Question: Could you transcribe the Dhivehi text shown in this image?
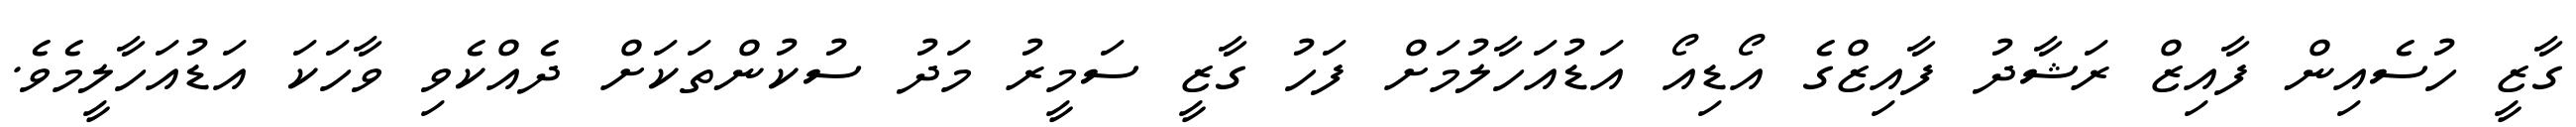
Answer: ގާޒީ ހުސެއިން ފާއިޒް ރަޝާދު ފާއިޒްގެ އޯޑިއޯ އަޑުއަހާލުމަށް ފަހު ގާޒީ ސަމީރު މަދު ސުކުންތަކަށް ދެއްކެވި ވާހަކަ އަޑުއަހާލީމެވެ.